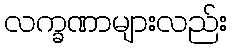
လက္ခဏာများလည်း